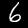
Digit: 6